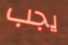
يجب